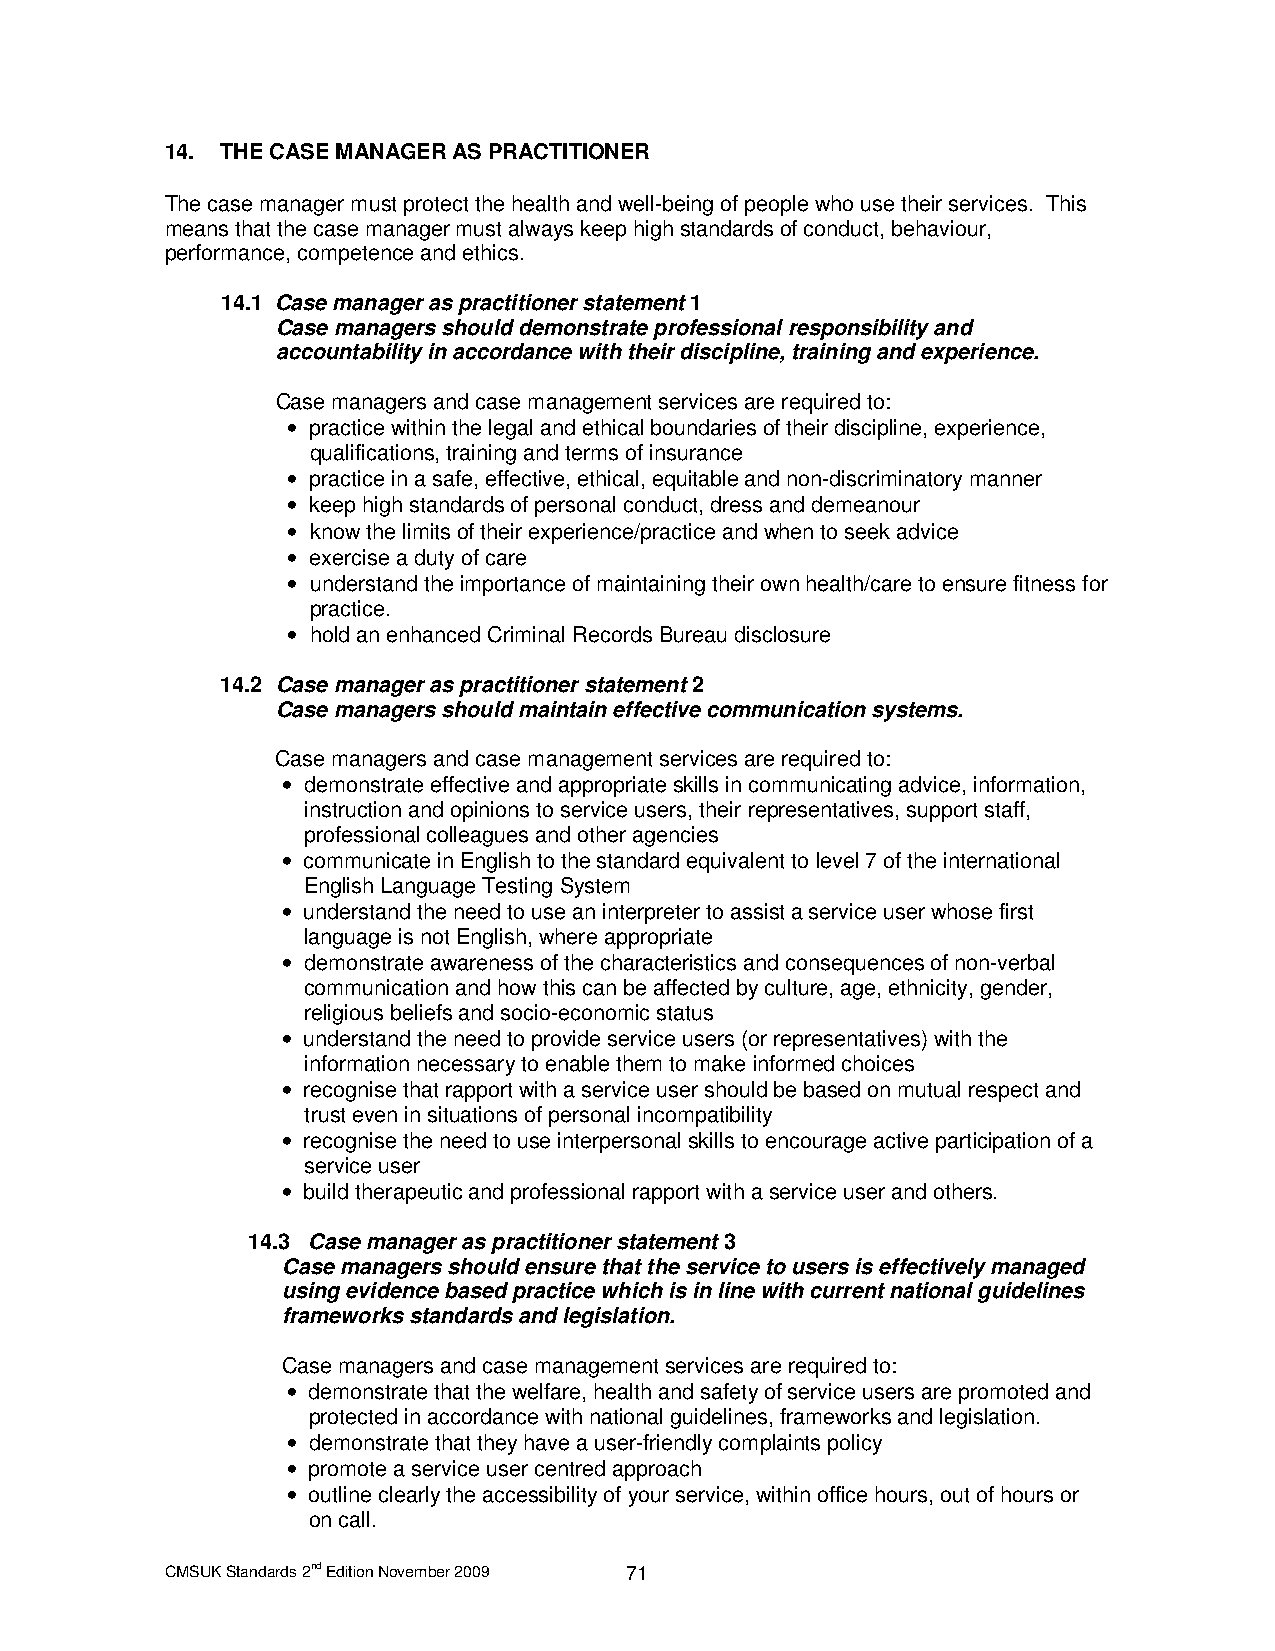
14. THE CASE MANAGER AS PRACTITIONER
 The case manager must protect the health and well-being of people who use their services. This
 means that the case manager must always keep high standards of conduct, behaviour,
 performance, competence and ethics.
 14.1 Case manager as practitioner statement 1
 Case managers should demonstrate professional responsibility and
 accountability in accordance with their discipline, training and experience.
 Case managers and case management services are required to:
 • practice within the legal and ethical boundaries of their discipline, experience,
 qualifications, training and terms of insurance
 • practice in a safe, effective, ethical, equitable and non-discriminatory manner
 • keep high standards of personal conduct, dress and demeanour
 • know the limits of their experience/practice and when to seek advice
 • exercise a duty of care
 • understand the importance of maintaining their own health/care to ensure fitness for
 practice.
 • hold an enhanced Criminal Records Bureau disclosure
 14.2 Case manager as practitioner statement 2
 Case managers should maintain effective communication systems.
 Case managers and case management services are required to:
 • demonstrate effective and appropriate skills in communicating advice, information,
 instruction and opinions to service users, their representatives, support staff,
 professional colleagues and other agencies
 • communicate in English to the standard equivalent to level 7 of the international
 English Language Testing System
 • understand the need to use an interpreter to assist a service user whose first
 language is not English, where appropriate
 • demonstrate awareness of the characteristics and consequences of non-verbal
 communication and how this can be affected by culture, age, ethnicity, gender,
 religious beliefs and socio-economic status
 • understand the need to provide service users (or representatives) with the
 information necessary to enable them to make informed choices
 • recognise that rapport with a service user should be based on mutual respect and
 trust even in situations of personal incompatibility
 • recognise the need to use interpersonal skills to encourage active participation of a
 service user
 • build therapeutic and professional rapport with a service user and others.
 14.3 Case manager as practitioner statement 3
 Case managers should ensure that the service to users is effectively managed
 using evidence based practice which is in line with current national guidelines
 frameworks standards and legislation.
 Case managers and case management services are required to:
 • demonstrate that the welfare, health and safety of service users are promoted and
 protected in accordance with national guidelines, frameworks and legislation.
 • demonstrate that they have a user-friendly complaints policy
 • promote a service user centred approach
 • outline clearly the accessibility of your service, within office hours, out of hours or
 on call.
 CMSUK Standards 2nd Edition November 2009 71